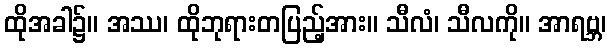
ထိုအခါ၌။ အဿ၊ ထိုဘုရားတပြည့်အား။ သီလံ၊ သီလကို။ အာရဗ္ဘ၊